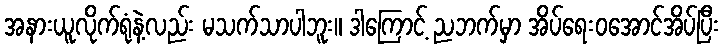
အနားယူလိုက်ရုံနဲ့လည်း မသက်သာပါဘူး။ ဒါကြောင့် ညဘက်မှာ အိပ်ရေးဝအောင်အိပ်ပြီး